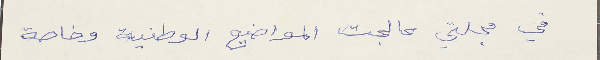
في مجلتي عالجت المواضيع الوطنية وخاصة